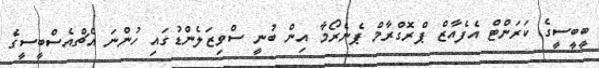
ބީބީސީގެ ކަރަންޓް އެފެއާޒް ޕްރޮގްރާމް ޕެނެރޯމާ އިން ބުނީ ސްވިޒަލެންޑުގައި ހުންނަ އެޗްއެސްބީސީގެ